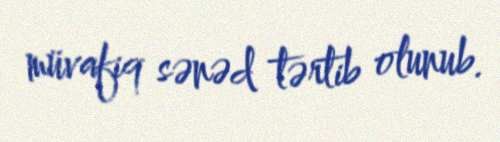
müvafiq sənəd tərtib olunub.